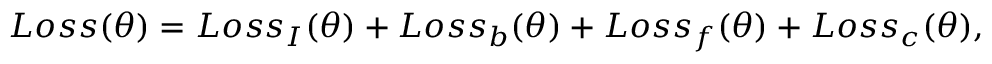
L o s s ( \theta ) = L o s s _ { I } ( \theta ) + L o s s _ { b } ( \theta ) + L o s s _ { f } ( \theta ) + L o s s _ { c } ( \theta ) ,